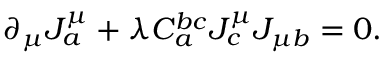
\partial _ { \mu } J _ { a } ^ { \mu } + \lambda C _ { a } ^ { b c } J _ { c } ^ { \mu } J _ { \mu b } = 0 .